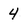
Character: 4